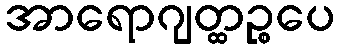
အာရောဂျတ္ထဉ္စပေ